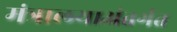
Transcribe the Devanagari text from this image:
मंत्रालयाअंतर्गत